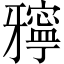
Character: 𤘓